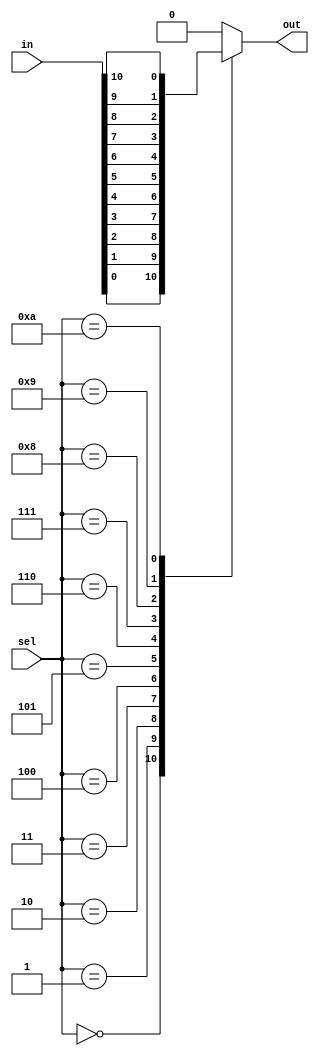
module mux(input wire [10:0]in,
				input wire [3:0]sel,
				output reg out);

always @(*)
begin
	case (sel)
		0: out = in[0];
		1: out = in[1];
		2: out = in[2];
		3: out = in[3];
		4: out = in[4];
		5: out = in[5];
		6: out = in[6];
		7: out = in[7];
		8: out = in[8];
		9: out = in[9];
		10: out = in[10];
		default: out = 0;
	endcase
end
endmodule